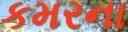
કમરના